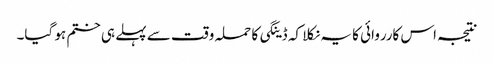
نتیجہ اس کارروائی کا یہ نکلا کہ ڈینگی کا حملہ وقت سے پہلے ہی ختم ہو گیا۔